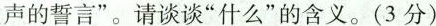
声的誓言”。请谈谈“什么”的含义。(3分)